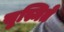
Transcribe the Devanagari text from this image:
सुस्मिते